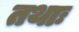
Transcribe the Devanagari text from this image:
तथाः